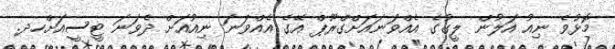
މޮޅުވެ ނިއު އަލުން ލީގުގެ އެއްވަނައަށްގްރޫޕް އޭގެ އެއްވަނަ ނިއުއަށް ދެވަނަ ޓީސީއަށްހދ.